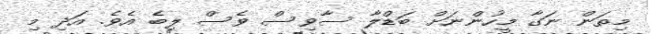
މިތަން ނަގާ މީހުންނަށް ބަޑްލާ ސާވިސް ވެސް ލިބެ އެވެ. އަދި މި